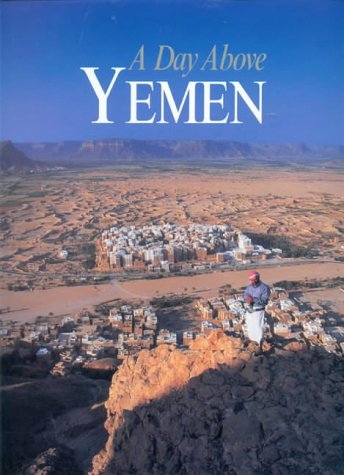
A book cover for A Day Above Yemen (Our Earth); John J. Nowell; Travel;